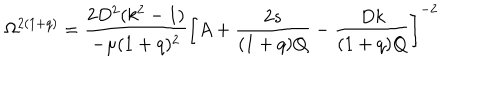
LaTeX: \Omega ^ { 2 ( 1 + q ) } = \frac { 2 D ^ { 2 } ( k ^ { 2 } - 1 ) } { - \mu ( 1 + q ) ^ { 2 } } \left[ A + \frac { 2 s } { ( 1 + q ) Q } - \frac { D k } { ( 1 + q ) Q } \right] ^ { - 2 }